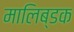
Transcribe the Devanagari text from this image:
मालिब्डक